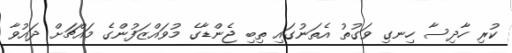
ކުރި ހާދިސާ ހިނގި ވަގުތު އެތަނުގައި ތިބި ޖެންޑާގެ މުވައްޒަފުންގެ މައްޗަށް ދައުވާ